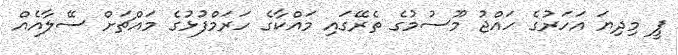
ޕީ މިދިޔަ އަހަރުގެ ހައްޖު މޫސުމުގެ ތެރޭގައި މައްކާގެ ހަރަމްފުޅުގެ މައްޗަށް ސޭލާއެއް